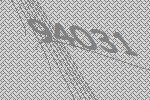
94031